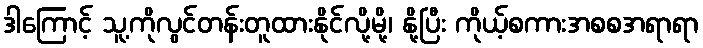
ဒါကြောင့် သူ့ကိုလွင်တန်းတူထားနိုင်လို့မို့၊ နို့ပြီး ကိုယ့်စကားအစစအရာရာ